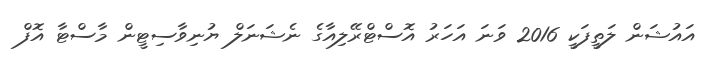
އައުޝަން ލަތީފަކީ 2016 ވަނަ އަހަރު އޮސްޓްރޭލިއާގެ ނެޝަނަލް ޔުނިވާސިޓީން މާސްޓާ އޮފް